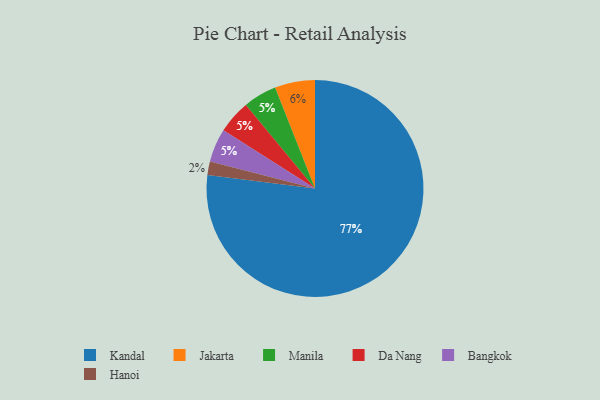
{"axis": {"x": "Category", "y": "Percentage"}, "legend": ["Bangkok", "Da Nang", "Hanoi", "Jakarta", "Kandal", "Manila"], "data": [{"x": "Jakarta", "y": 6, "type": "Jakarta"}, {"x": "Manila", "y": 5, "type": "Manila"}, {"x": "Da Nang", "y": 5, "type": "Da Nang"}, {"x": "Kandal", "y": 77, "type": "Kandal"}, {"x": "Bangkok", "y": 5, "type": "Bangkok"}, {"x": "Hanoi", "y": 2, "type": "Hanoi"}]}